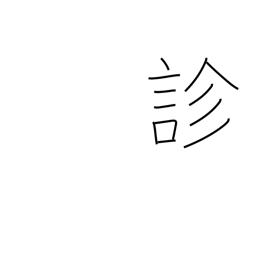
Meaning: diagnose